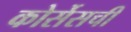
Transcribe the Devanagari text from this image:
कोर्सेसची